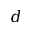
\boldsymbol { d }